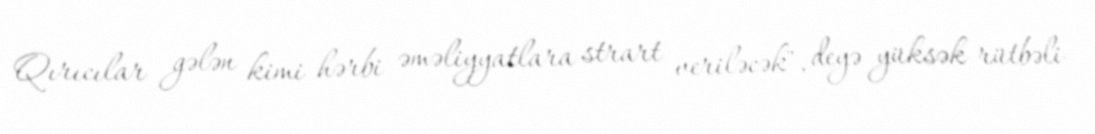
Qırıcılar gələn kimi hərbi əməliyyatlara strart veriləcək", deyə yüksək rütbəli